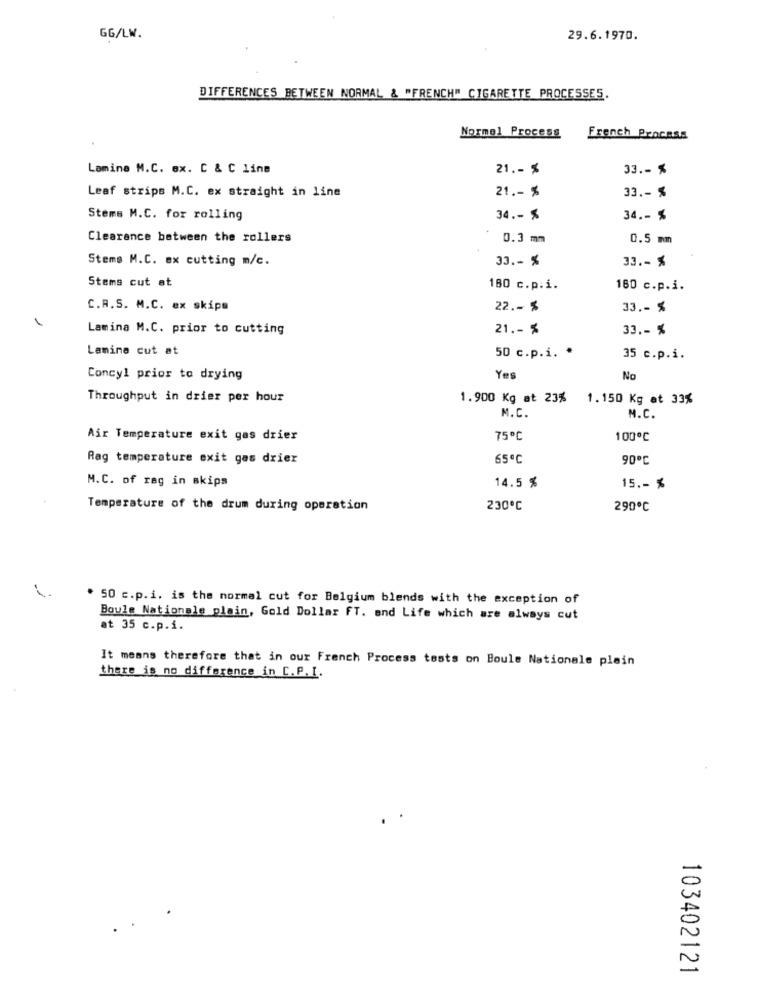
GG/LW.
29.6.1970.
DIFFERENCES BETWEEN NORMAL & "FRENCH" CIGARETTE PROCESSES.
Normel Process
French Process
Lamine M.C. ex. C & C line
21 .- %
33. - %
Leaf strips M.C. ex straight in line
21 .- %
33 .- %
Stems M.C. for rolling
34 .- %
34 .- $
Clearance between the rollers
0.3 mm
0.5 mm
Stems M.C. ex cutting m/c.
33 .- %
33 .- %
Stems cut at
180 c.p.i.
160 c.p.i.
C.A.S. M.C. ex skips
22 .- %
33 .- %
Lamina M.C. prior to cutting
21 .- %
33 ,- %
Lamine cut at
50 c.p.i. *
35 c.p.i.
Concyl prior to drying
Yes
No
Throughput in drier per hour
1.900 Kg at 23%
1.150 Kg at 33%
M.C.
M.C.
Air Temperature exit gas drier
75℃
100℃
Rag temperature exit gas drier
65℃
90℃
M.C. of rag in skips
14.5 %
15. - %
Temperature of the drum during operation
230℃
290℃
50 c.p.i. is the normal cut for Belgium blends with the exception of
Boule Nationale plain, Gold Dollar FT. and Life which are always cut
at 35 c.p.i.
It means therefore that in our French Process tests on Boule Nationale plain
there is no difference in C.P.I.
103402121